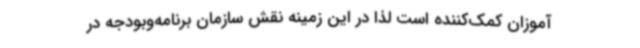
آموزان کمک‌کننده است لذا در این زمینه نقش سازمان برنامه‌وبودجه در